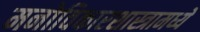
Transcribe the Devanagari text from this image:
मनोविकारशास्त्रामध्ये